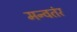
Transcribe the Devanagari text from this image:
मन्वतंर